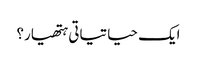
ایک حیاتیاتی ہتھیار؟